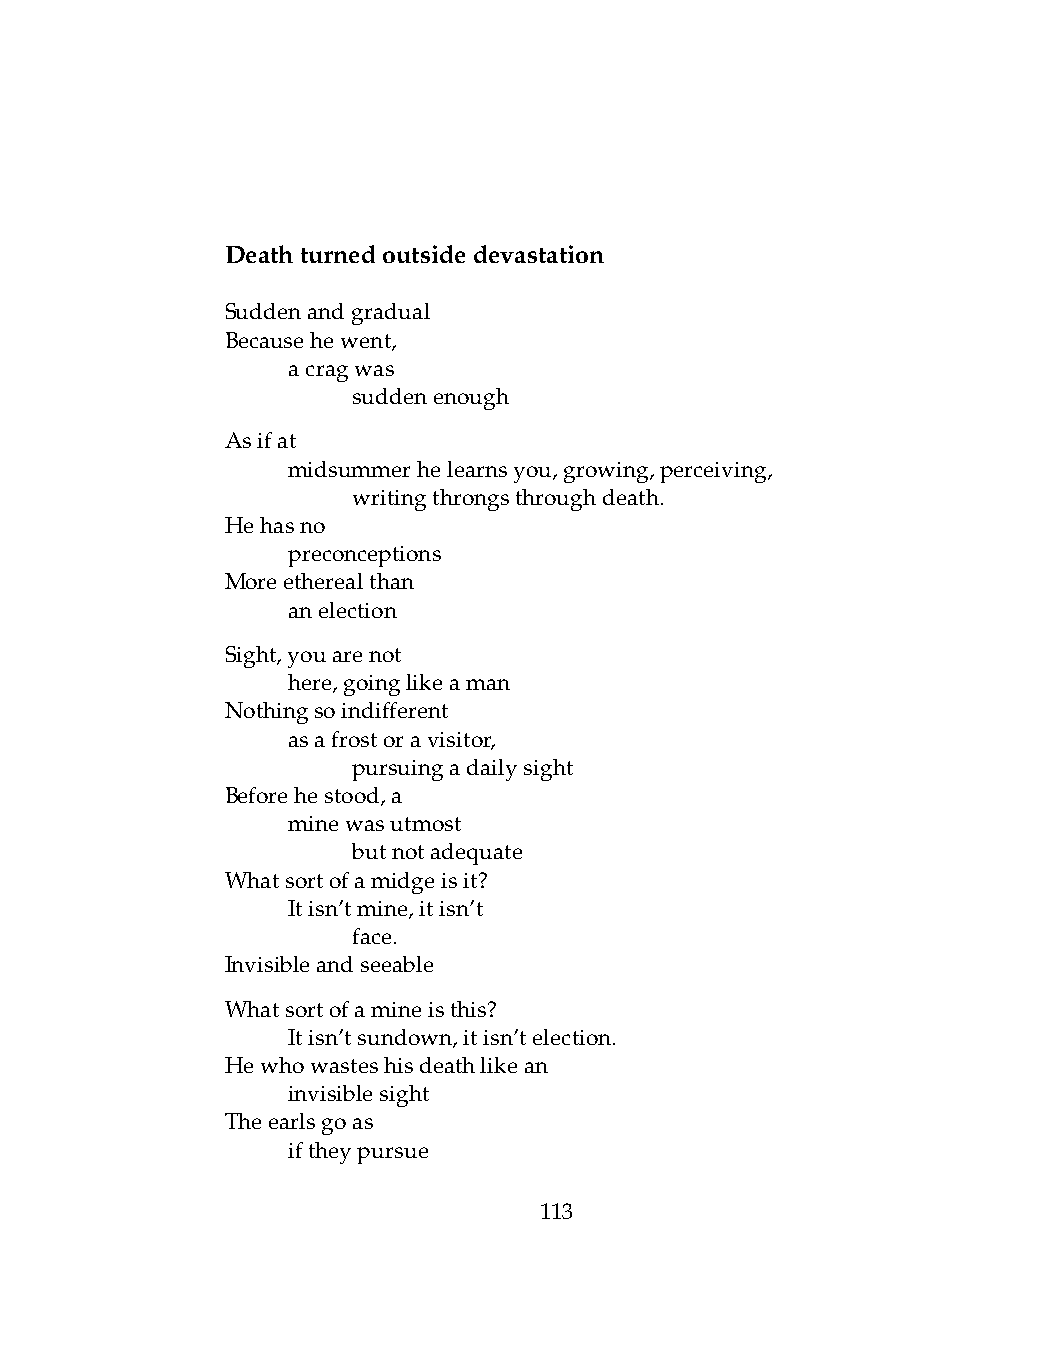
Deathturnedoutsidedevastation
 Suddenandgradual
 Becausehewent,
 .   acragwas
 .   .   suddenenough
 Asifat
 .   midsummerhelearnsyou,growing,perceiving,
 .   .   writingthrongsthroughdeath.
 Hehasno
 .   preconceptions
 Moreetherealthan
 .   anelection
 Sight,youarenot
 .   here,goinglikeaman
 Nothingsoindifferent
 .   asafrostoravisitor,
 .   .   pursuingadailysight
 Beforehestood,a
 .   minewasutmost
 .   .   butnotadequate
 Whatsortofamidgeisit?
 .   Itisn’tmine,itisn’t
 .   .   face.
 Invisibleandseeable
 Whatsortofamineisthis?
 .   Itisn’tsundown,itisn’telection.
 Hewhowasteshisdeathlikean
 .   invisiblesight
 Theearlsgoas
 .   iftheypursue
 113